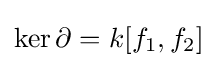
\ker \partial =k[f_{1},f_{2}]